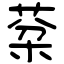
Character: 棻